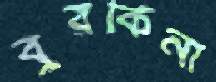
বুরকিনা